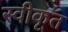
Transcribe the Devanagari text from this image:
स्वीकृत